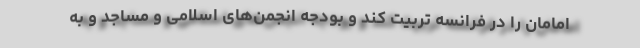
امامان را در فرانسه تربیت کند و بودجه انجمن‌های اسلامی و مساجد و به